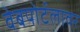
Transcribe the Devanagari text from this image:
वेबपोर्टलावर